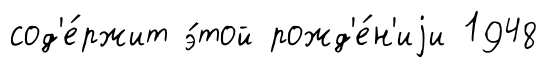
сод'е́ржит э́той рожд'е́н'иjи 1948